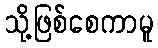
သို့ဖြစ်စေကာမူ